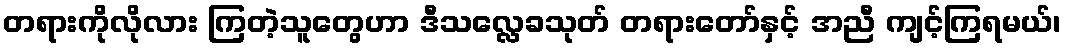
တရားကိုလိုလား ကြတဲ့သူတွေဟာ ဒီသလ္လေခသုတ် တရားတော်နှင့် အညီ ကျင့်ကြရမယ်၊